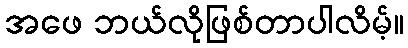
အဖေ ဘယ်လိုဖြစ်တာပါလိမ့်။